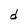
Character: d